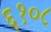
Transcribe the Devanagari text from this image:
६१०८